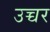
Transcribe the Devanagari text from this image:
उच्चर